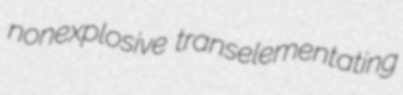
nonexplosive transelementating